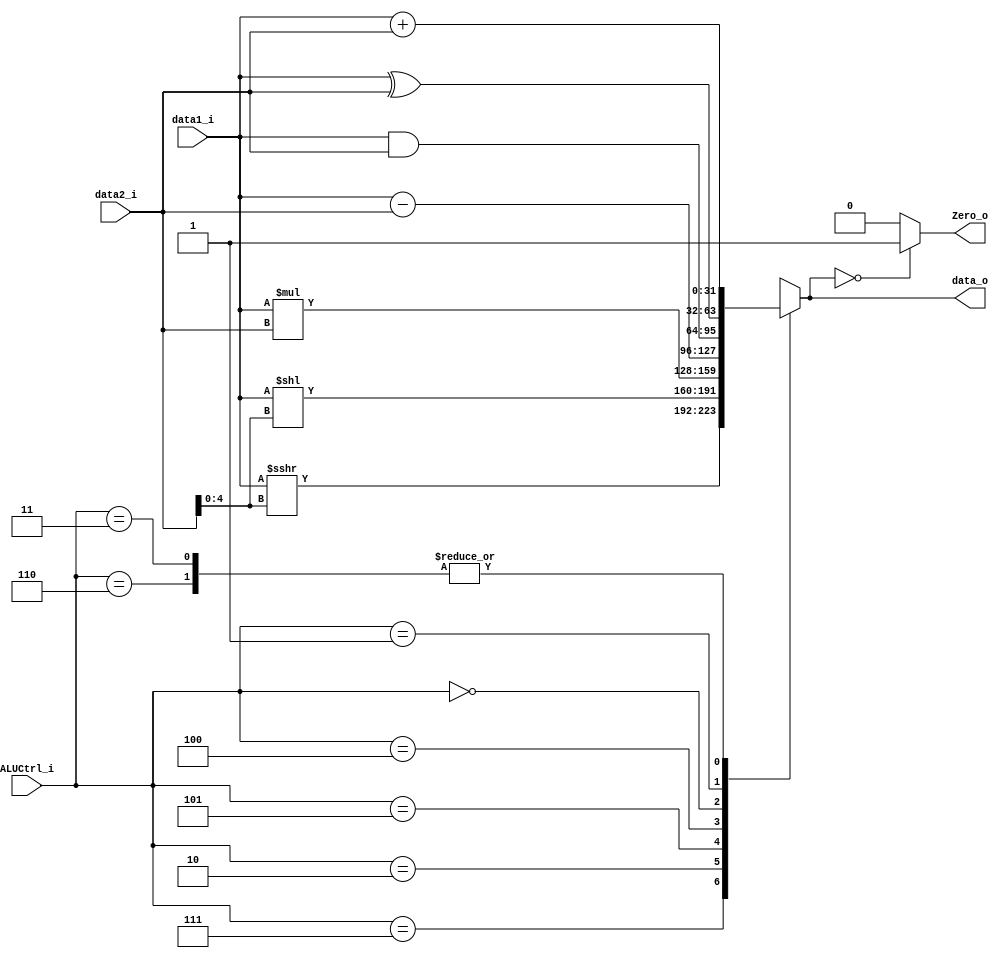
module ALU
(
    data1_i,
    data2_i,
    ALUCtrl_i,
    data_o,
    Zero_o
);

input signed    [31:0]      data1_i;
input           [31:0]      data2_i;
input           [2:0]       ALUCtrl_i;
output          [31:0]      data_o;
output                      Zero_o;

reg signed [31:0]   result;
reg                 Zero_reg;

assign data_o = result;
assign Zero_o = Zero_reg;

always@(*) begin
    case (ALUCtrl_i)
        3'b111:
            result = $signed(data1_i) >>> data2_i[4:0];
        3'b010:
            result = data1_i << data2_i[4:0];
        3'b101:
            result = data1_i * data2_i;
        3'b100:
            result = data1_i - data2_i;
        3'b110:
            result = data1_i + data2_i;
        3'b000:
            result = data1_i & data2_i;
        3'b001:
            result = data1_i ^ data2_i;
        3'b011:
            result = data1_i + data2_i;
        default:
            result = data1_i + data2_i;
    endcase
    Zero_reg = (result == 0) ? 1 : 0;
end

endmodule